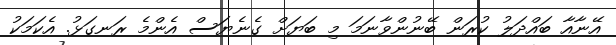
އޭނާއާ ބައްދަލު ކުރަން ބޭނުންވާނަމަ މި ބަޔަށް ގެނެޔަސް އެންމެ ރަނގަޅު. އެކަމަކު